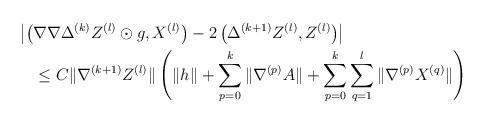
LaTeX: \begin{align*} &\left|\left(\nabla\nabla \Delta^{(k)}Z^{(l)}\odot g, X^{(l)} \right) - 2\left(\Delta^{(k+1)}Z^{(l)}, Z^{(l)}\right)\right| \\ &\quad\leq C\|\nabla^{(k+1)}Z^{(l)}\|\left(\|h\| + \sum_{p=0}^k\|\nabla^{(p)}A\| + \sum_{p=0}^{k}\sum_{q=1}^{l}\|\nabla^{(p)}X^{(q)}\|\right)\end{align*}